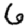
Digit: 6